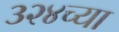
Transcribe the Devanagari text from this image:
३२४च्या